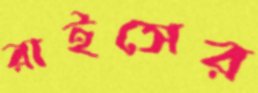
রাইসের